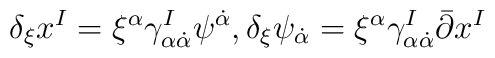
\delta_{\xi}x^I=\xi^{\alpha}\gamma^I_{\alpha \dot\alpha}\psi^{\dot \alpha},\\\delta_{\xi}\psi_{\dot\alpha}=\xi^{\alpha}\gamma^I_{\alpha\dot\alpha}\bar  \partial x^I